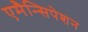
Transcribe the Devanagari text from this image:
एमैन्सिपेशन